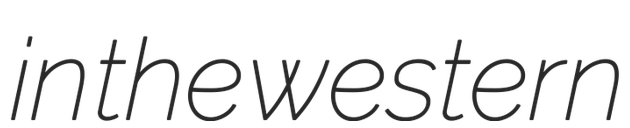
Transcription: in the western